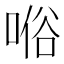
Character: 𠸘